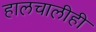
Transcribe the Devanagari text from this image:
हालचालीही